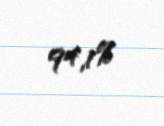
94,1%